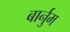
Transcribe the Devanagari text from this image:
बार्नुम